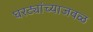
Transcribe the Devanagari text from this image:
घरट्यांच्याजवळ